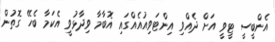
އެންބީސީ ޓީވީ އަށް ދެއްވި އިންޓަވިއުއެއްގައި އޮބާމާ ވިދާޅުވީ އެކަމާ ބެހޭ ގޮތުން